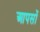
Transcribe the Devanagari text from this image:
आपसों